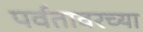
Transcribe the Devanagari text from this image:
पर्वतावरच्या